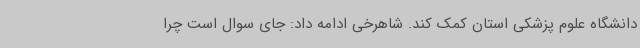
دانشگاه علوم پزشکی استان کمک کند. شاهرخی ادامه داد: جای سوال است چرا